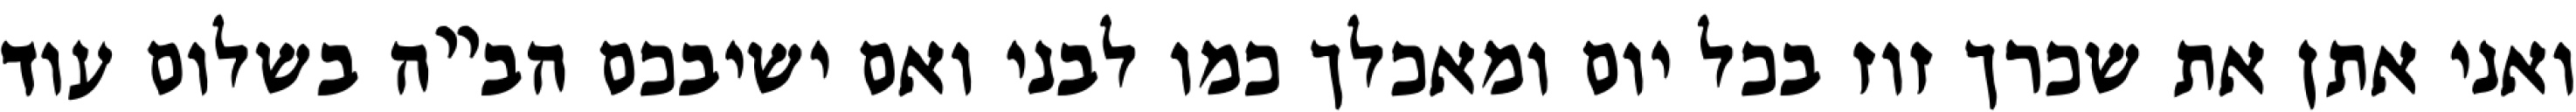
ואני אתן את שכרך זוז בכל יום ומאכלך כמו לבני ואם ישיבכם הב”ה בשלום עוד